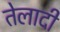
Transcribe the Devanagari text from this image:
तेलादी